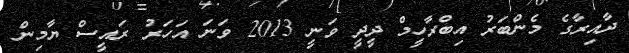
ދާއިރާގެ މެންބަރު އިބްރާހީމް ދީދީ ވަނީ 2013 ވަނަ އަހަރު ރައީސް ޔާމިން